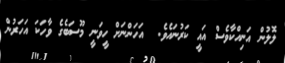
ލޮލުން އަނިއްކާވެސް އައީ ކަރުނައެވެ.  އަހަންނަށް ހީވަނީ މޫސަބެގެ ވާހަކަ އަހަރުން